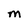
Character: M